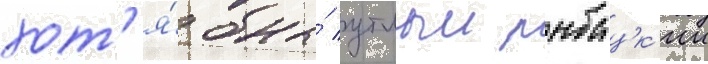
хот'я́ бы́ утлыи рыбацк'ии